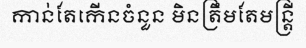
កាន់តែកើនចំនួន មិនត្រឹមតែមន្ត្រី